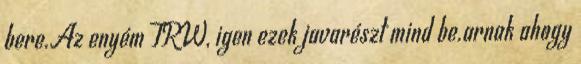
bere.Az enyém TRW, igen ezek javarészt mind be.arnak ahogy